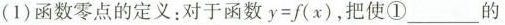
(1)函数零点的定义：对于函数$$y = f ( x )$$，把使①_____的